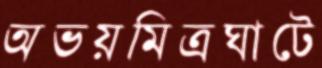
অভয়মিত্রঘাটে